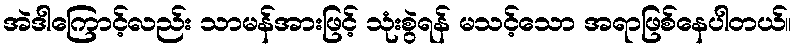
အဲဒါကြောင့်လည်း သာမန်အားဖြင့် သုံးစွဲရန် မသင့်သော အရာဖြစ်နေပါတယ်။